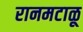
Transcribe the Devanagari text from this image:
रानमटाळू